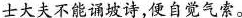
士大夫不能诵坡诗，便自觉气索。